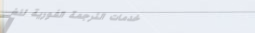
خدمات الترجمة الفورية للغ